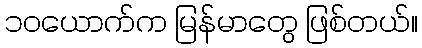
၁၀ယောက်က မြန်မာတွေ ဖြစ်တယ်။